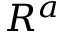
R ^ { a }